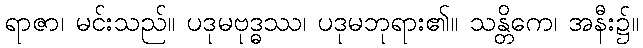
ရာဇာ၊ မင်းသည်။ ပဒုမဗုဒ္ဓဿ၊ ပဒုမဘုရား၏။ သန္တိကေ၊ အနီး၌။